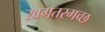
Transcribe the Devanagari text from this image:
खगतरगच्छ